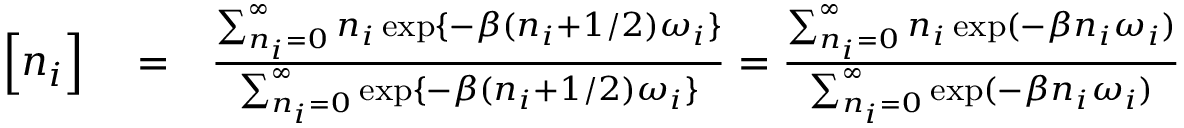
\begin{array} { r l r } { \Big [ { n _ { i } } \Big ] } & { { } = } & { \frac { \sum _ { n _ { i } = 0 } ^ { \infty } n _ { i } \exp \{ - \beta ( n _ { i } + 1 / 2 ) \omega _ { i } \} } { \sum _ { n _ { i } = 0 } ^ { \infty } \exp \{ - \beta ( n _ { i } + 1 / 2 ) \omega _ { i } \} } = \frac { \sum _ { n _ { i } = 0 } ^ { \infty } n _ { i } \exp ( - \beta n _ { i } \omega _ { i } ) } { \sum _ { n _ { i } = 0 } ^ { \infty } \exp ( - \beta n _ { i } \omega _ { i } ) } } \end{array}